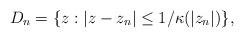
LaTeX: \begin{align*}D_n=\{z:|z-z_n|\leq 1/\kappa (|z_n|)\},\end{align*}